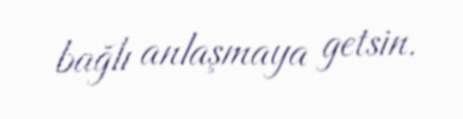
bağlı anlaşmaya getsin.